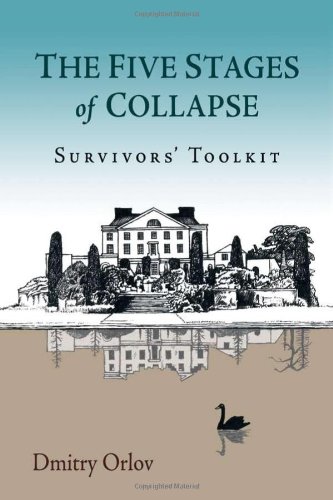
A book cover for The Five Stages of Collapse: Survivors' Toolkit; Dmitry Orlov; Business & Money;